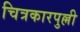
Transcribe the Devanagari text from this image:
चित्रकारपुल्ली